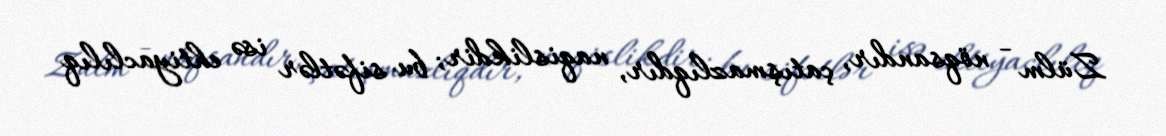
Zülm - nöqsandır, çatışmazlıqdır, naqislikdir; bu sifətlər isə ehtiyaclılıq